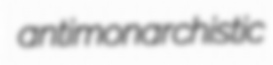
antimonarchistic